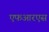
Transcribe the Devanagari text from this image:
एफआरएस